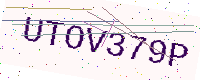
Text: UTOV379P